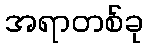
အရာတစ်ခု